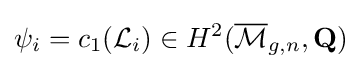
\psi _{i}=c_{1}({\mathcal {L}}_{i})\in H^{2}({\overline {\mathcal {M}}}_{g,n},\mathbf {Q} )